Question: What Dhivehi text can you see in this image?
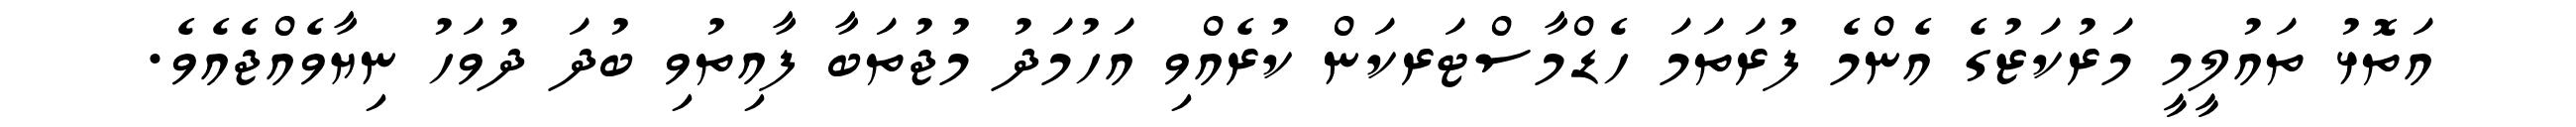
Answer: އަތޮޅު ތައުލީމީ މަރުކަޒުގެ އެންމެ ފުރަތަމަ ހެޑްމާސްޓަރކަން ކުރެއްވި އަހުމަދު މުޖުތަބާ ފާއިތުވި ބުދަ ދުވަހު ނިޔާވެއްޖެއެވެ.